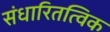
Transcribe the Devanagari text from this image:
संधारितत्विक